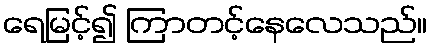
ရေမြင့်၍ ကြာတင့်နေလေသည်။